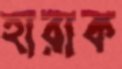
হারাক